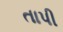
તાપી